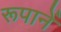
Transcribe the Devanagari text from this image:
रूपानें